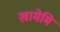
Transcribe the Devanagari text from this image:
खामेमि